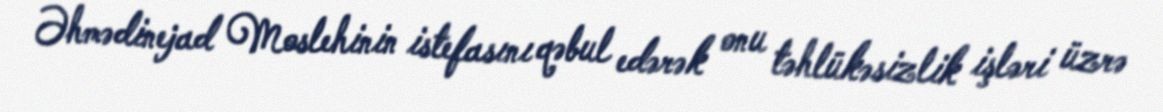
Əhmədinejad Moslehinin istefasını qəbul edərək onu təhlükəsizlik işləri üzrə